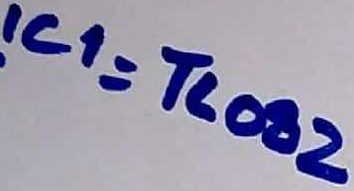
Text: ICI=TL082